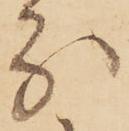
分